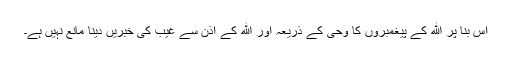
اس بنا پر الله کے پیغمبروں کا وحی کے ذریعہ اور الله کے اذن سے غیب کی خبریں دینا مانع نہیں ہے۔